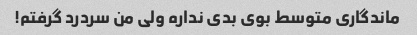
ماندگاری متوسط بوی بدی نداره ولی من سردرد گرفتم!